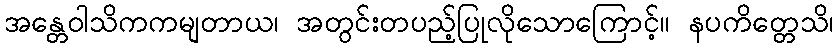
အန္တေဝါသိကကမျတာယ၊ အတွင်းတပည့်ပြုလိုသောကြောင့်။ နပကိတ္တေသိ၊